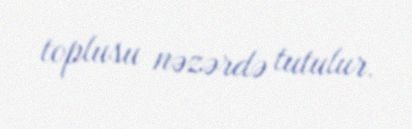
toplusu nəzərdə tutulur.